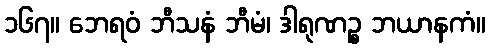
၁၆၇။ ဘေရဝံ ဘီသနံ ဘီမံ၊ ဒါရုဏဉ္စ ဘယာနကံ။